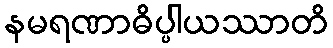
နမရဏာဓိပ္ပါယဿာတိ